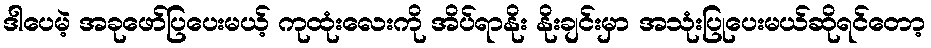
ဒါပေမဲ့ အခုဖော်ပြပေးမယ့် ကုထုံးလေးကို အိပ်ရာနိုး နိုးချင်းမှာ အသုံးပြုပေးမယ်ဆိုရင်တော့